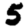
Digit: 5